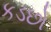
કડછો